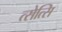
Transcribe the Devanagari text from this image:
त्सेत्सि